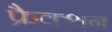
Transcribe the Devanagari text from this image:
फ्रैक्शन